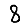
Digit: 8